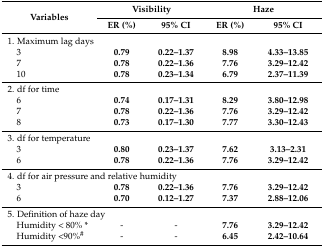
| <ROWSPAN=2> Variables | <COLSPAN=2> Visibility | <COLSPAN=2> Haze |
 | ER (%) | 95% CI | ER (%) | 95% CI |
 | --- | --- | --- | --- | --- |
 | <COLSPAN=3> 1. Maximum lag days |  |  |
 | 3 | 0.79 | 0.22–1.37 | 8.98 | 4.33–13.85 |
 | 7 | 0.78 | 0.22–1.36 | 7.76 | 3.29–12.42 |
 | 10 | 0.78 | 0.23–1.34 | 6.79 | 2.37–11.39 |
 | <COLSPAN=3> 2. df for time |  |  |
 | 6 | 0.74 | 0.17–1.31 | 8.29 | 3.80–12.98 |
 | 7 | 0.78 | 0.22–1.36 | 7.76 | 3.29–12.42 |
 | 8 | 0.73 | 0.17–1.30 | 7.77 | 3.30–12.43 |
 | <COLSPAN=3> 3. df for temperature |  |  |
 | 3 | 0.80 | 0.23–1.37 | 7.62 | 3.13–2.31 |
 | 6 | 0.78 | 0.22–1.36 | 7.76 | 3.29–12.42 |
 | <COLSPAN=3> 4. df for air pressure and relative humidity |  |  |
 | 3 | 0.78 | 0.22–1.36 | 7.76 | 3.29–12.42 |
 | 6 | 0.70 | 0.12–1.27 | 7.37 | 2.88–12.06 |
 | <COLSPAN=2> 5. Definition of haze day |  |  |  |
 | Humidity < 80% * | - | - | 7.76 | 3.29–12.42 |
 | Humidity <90%# | - | - | 6.45 | 2.42–10.64 |